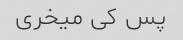
پس کی میخری